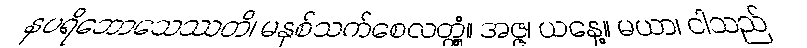
နပရိဘောသေဿတိ၊ မနှစ်သက်စေလတ္တံ့။ အဇ္ဇ၊ ယနေ့။ မယာ၊ ငါသည်